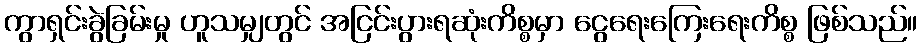
ကွာရှင်းခွဲခြမ်းမှု ဟူသမျှတွင် အငြင်းပွားရဆုံးကိစ္စမှာ ငွေရေးကြေးရေးကိစ္စ ဖြစ်သည်။